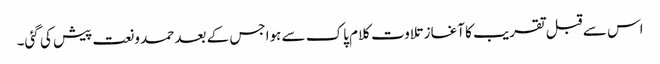
اس سے قبل تقریب کا آغاز تلاوت کلام پاک سے ہواجس کے بعد حمد ونعت پیش کی گئی۔